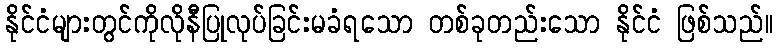
နိုင်ငံများတွင်ကိုလိုနီပြုလုပ်ခြင်းမခံရသော တစ်ခုတည်းသော နိုင်ငံ ဖြစ်သည်။